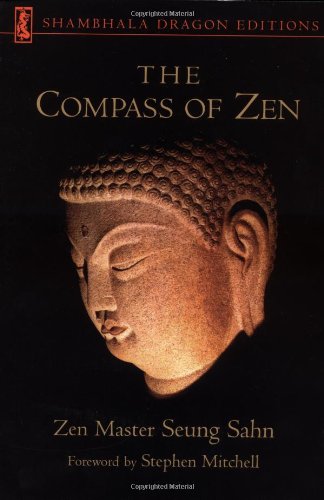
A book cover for The Compass of Zen (Shambhala Dragon Editions); Seung Sahn; Religion & Spirituality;